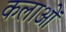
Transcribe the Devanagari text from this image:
कलाओें